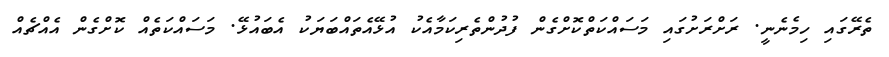
ތެރޭގައި ހިމެނެނީ. ރަށްރަށުގައި މަސައްކަތްކޮށްގެން ފުދުންތެރިކަމާއެކު އުޅޭއެތައްބަޔަކު އެބައުޅޭ. މަސައްކަތެއް ކޮށްގެން އެއްޗެއް